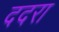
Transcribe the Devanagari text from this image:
ददरा